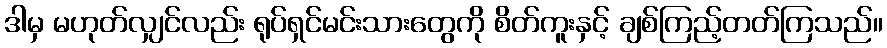
ဒါမှ မဟုတ်လျှင်လည်း ရုပ်ရှင်မင်းသားတွေကို စိတ်ကူးနှင့် ချစ်ကြည့်တတ်ကြသည်။